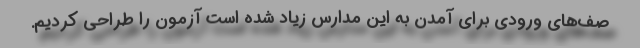
صف‌های ورودی برای آمدن به این مدارس زیاد شده است آزمون را طراحی کردیم.